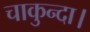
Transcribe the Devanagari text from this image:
चाकुन्दा।